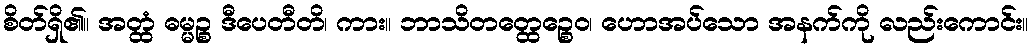
စိတ်ရှိ၏။ အတ္ထံ ဓမ္မဉ္စ ဒီပေတီတိ၊ ကား။ ဘာသိတတ္ထေဉ္စေဝ၊ ဟောအပ်သော အနက်ကို လည်းကောင်း။